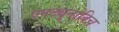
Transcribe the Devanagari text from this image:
एनट्युनोविच